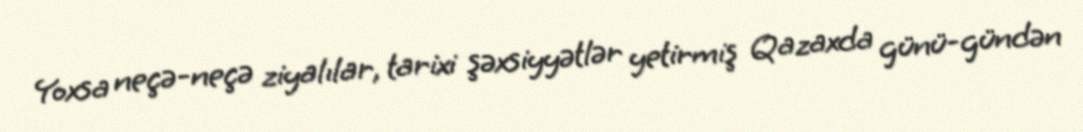
Yoxsa neçə-neçə ziyalılar, tarixi şəxsiyyətlər yetirmiş Qazaxda günü-gündən